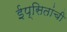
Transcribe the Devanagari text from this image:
ईप्सितांची